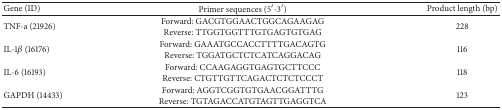
| Gene (ID) | Primer sequences (5′-3′) | Product length (bp) |
 | --- | --- | --- |
 | TNF-a (21926) | Forward: GACGTGGAACTGGCAGAAGAGReverse: TTGGTGGTTTGTGAGTGTGAG | 228 |
 | IL-1β (16176) | Forward: GAAATGCCACCTTTTGACAGTGReverse: TGGATGCTCTCATCAGGACAG | 116 |
 | IL-6 (16193) | Forward: CCAAGAGGTGAGTGCTTCCCReverse: CTGTTGTTCAGACTCTCTCCCT | 118 |
 | GAPDH (14433) | Forward: AGGTCGGTGTGAACGGATTTGReverse: TGTAGACCATGTAGTTGAGGTCA | 123 |